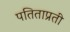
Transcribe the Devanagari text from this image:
पतिताप्रती